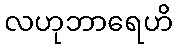
လဟုဘာရေဟိ